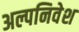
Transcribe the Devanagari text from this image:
अल्पनिवेश